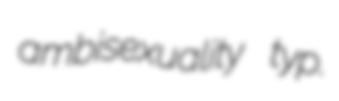
ambisexuality typ.